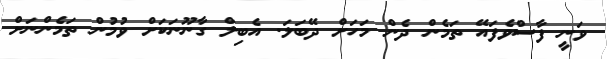
ވަނީ ފާސްވެފައޭ ތަމެން ދެން މަހަށް ދޭބަލަ. އެބިލް ގާނޫނަކަށް ވުމުން ތަމެންނަށް